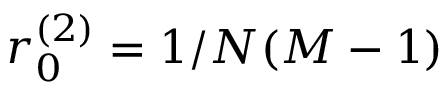
r _ { 0 } ^ { ( 2 ) } = 1 / N ( M - 1 )